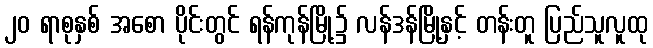
၂၀ ရာစုနှစ် အစော ပိုင်းတွင် ရန်ကုန်မြို့၌ လန်ဒန်မြို့နှင့် တန်းတူ ပြည်သူလူထု